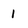
Character: l